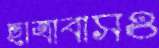
ছাত্রাবাসও